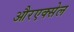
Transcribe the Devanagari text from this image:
औरएक्सेल